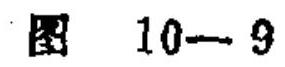
图 \(10 - 9\)